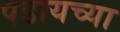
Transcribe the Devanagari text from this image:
पडायच्या